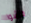
جاشوا